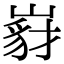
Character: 𡺵